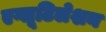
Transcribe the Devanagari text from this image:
एग्लूटिलेशन